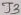
Text: J3